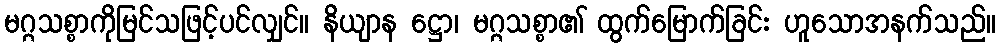
မဂ္ဂသစ္စာကိုမြင်သဖြင့်ပင်လျှင်။ နိယျာန ဋ္ဌော၊ မဂ္ဂသစ္စာ၏ ထွက်မြောက်ခြင်း ဟူသောအနက်သည်။